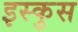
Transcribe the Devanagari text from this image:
इस्कुस